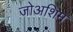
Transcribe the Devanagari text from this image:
जोअशिम